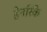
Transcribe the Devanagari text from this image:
हेनरिके